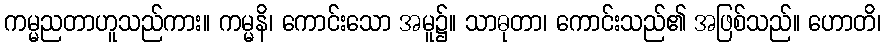
ကမ္မညတာဟူသည်ကား။ ကမ္မနိ၊ ကောင်းသော အမူ၌။ သာဓုတာ၊ ကောင်းသည်၏ အဖြစ်သည်။ ဟောတိ၊